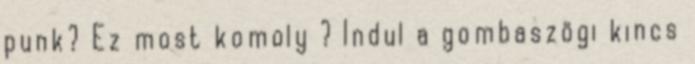
punk? Ez most komoly ? Indul a gombaszögi kincs